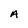
Character: A